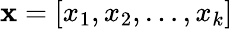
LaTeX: \mathbf{x}=\left[x_{1},x_{2},\ldots,x_{k}\right]